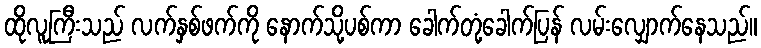
ထိုလူကြီးသည် လက်နှစ်ဖက်ကို နောက်သို့ပစ်ကာ ခေါက်တုံ့ခေါက်ပြန် လမ်းလျှောက်နေသည်။